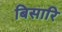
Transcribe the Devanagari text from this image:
बिसारि